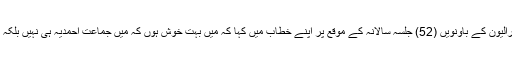
صدرِ مملکت سیرالیون نے جماعت احمدیہ سیرالیون کے باونویں (52) جلسہ سالانہ کے موقع پر اپنے خطاب میں کہا کہ میں بہت خوش ہوں کہ میں جماعت احمدیہ ہی نہیں بلکہ اپنی قوم کے ایک اہم پروگرام میں حاضر ہوں۔